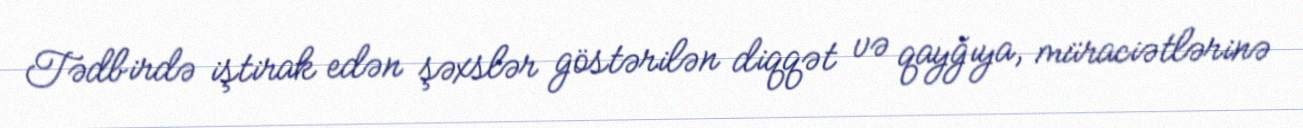
Tədbirdə iştirak edən şəxslər göstərilən diqqət və qayğıya, müraciətlərinə